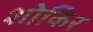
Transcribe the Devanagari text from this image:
शोकिर